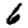
Digit: 6